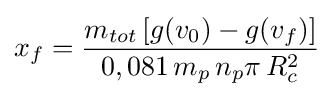
x_{f}={\frac {m_{tot}\,[g(v_{0})-g(v_{f})]}{0,081\,m_{p}\,n_{p}\pi \,R_{c}^{2}}}